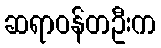
ဆရာဝန်တဦးက